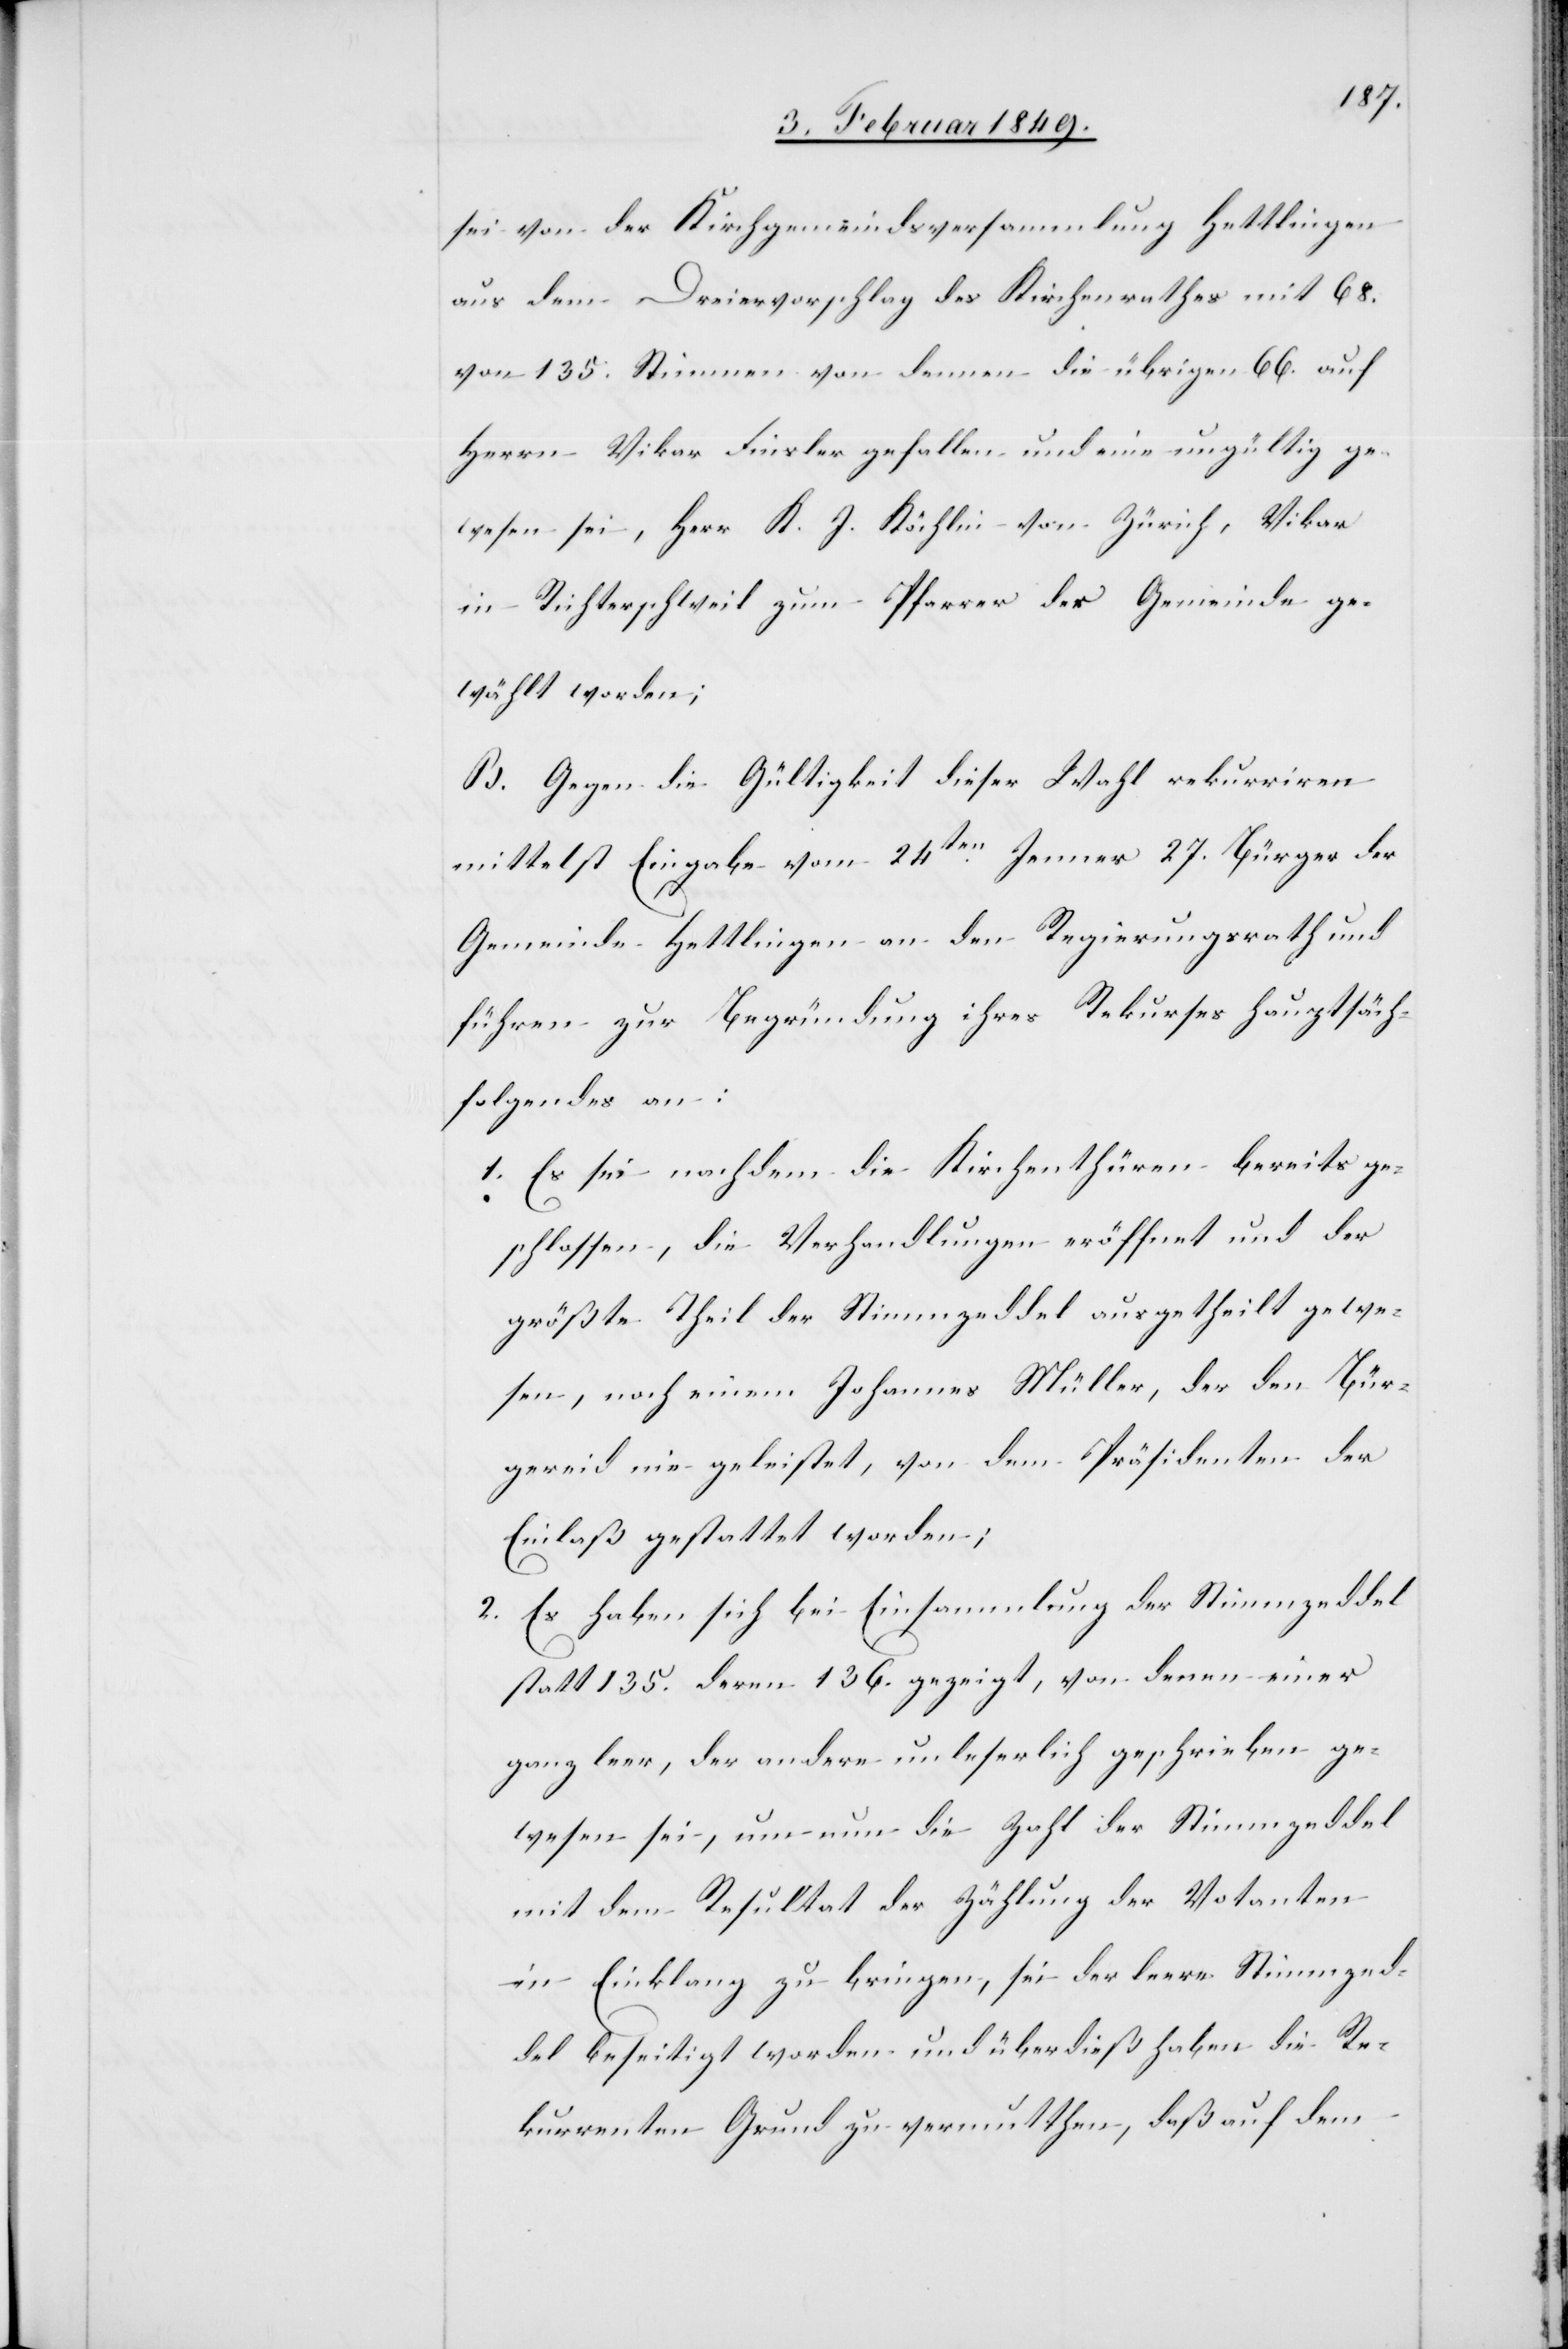
sei von der Kirchgemeindsversammlung Hettlingen
aus dem Dreiervorschlag des Kirchenrathes mit 68.
von 135. Stimmen von dennen die übrigen 66. auf
Herrn Vikar Finsler gefallen und eine ungültig ge¬
wesen sei, Herr K. J. Köchlin von Zürich, Vikar
in Richterschweil zum Pfarrer der Gemeinde ge¬
wählt worden;
B. Gegen die Gültigkeit dieser Wahl rekurriren
mittelst Eingabe vom 24ten. Jenner 27. Bürger der
Gemeinde Hettlingen an den Regierungsrath und
führen zur Begründung ihres Rekurses hauptsächlich
folgendes an:
1. Es sei nachdem die Kirchenthüren bereits ge¬
schlossen, die Verhandlungen eröffnet und der
größte Teil der Stimmzeddel ausgetheilt gewe¬
sen, noch einem Johannes Müller, der den Bür¬
gereid nie geleistet, von dem Präsidenten der
Einlaß gestattet worden;
2. Es haben sich bei Einsammlung der Stimmzeddel
statt 135. deren 136. gezeigt, von denen einer
ganz leer, der andere unleserlich geschrieben ge¬
wesen sei, um nun die Zahl der Stimmzeddel
mit dem Resultat der Zählung der Votanten
in Einklang zu bringen, sei der leere Stimmzed¬
del beseitigt worden und überdieß haben die Re¬
kurrenten Grund zu vermuthen, daß auf dem